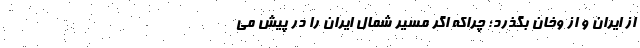
از ایران و از وخان بگذرد؛ چرا‌که اگر مسیر شمال ایران را در پیش می